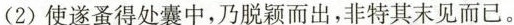
(2)使遂蚤得处囊中，乃脱颖而出，非特其末见而已。